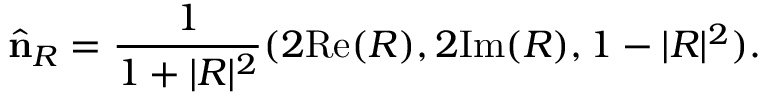
\widehat { \bf n } _ { R } = \frac { 1 } { 1 + \vert R \vert ^ { 2 } } ( 2 \mathrm { R e } ( R ) , 2 \mathrm { I m } ( R ) , 1 - \vert R \vert ^ { 2 } ) .